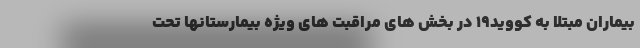
بیماران مبتلا به کووید۱۹ در بخش های مراقبت های ویژه بیمارستانها تحت